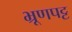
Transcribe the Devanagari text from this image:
भ्रूणपट्ट